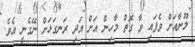
ލޫނާއަށް ވެފައި ވާ ގޮތް މާހިން އަށް އަދި ރަނގަޅަށް ނޭގެނީ އެވެ.